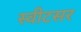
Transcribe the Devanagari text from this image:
स्वीटसर